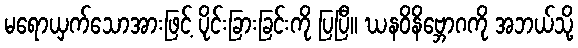
မရောယှက်သောအားဖြင့် ပိုင်းခြားခြင်းကို ပြပြီ။ ဃနဝိနိဗ္ဘောဂကို အဘယ်သို့